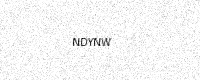
Text: NDYNW